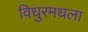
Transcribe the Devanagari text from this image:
विधुरमधला